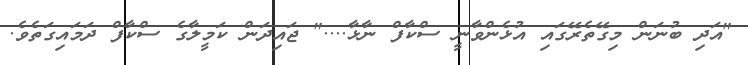
"އަދި ބުނަން މިގޭތެރޭގައި އުޅެންވާނީ ސްކާފް ނާޅާ...." ޖައިދަން ކަމީލާގެ ސްކާފް ދަމައިގަތެވެ.